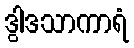
ဒွါဒသာကာရံ